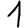
Digit: 1